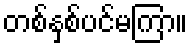
တစ်နှစ်ပင်မကြာ။